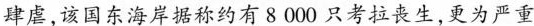
肆虐，该国东海岸据称约有 8000 只考拉丧生，更为严重